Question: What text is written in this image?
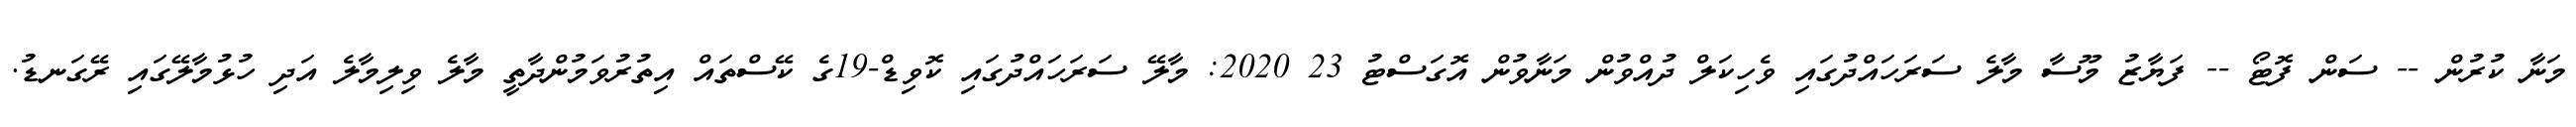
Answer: މަނާ ކުރުން -- ސަން ފޮޓޯ -- ފަޔާޒު މޫސާ މާލެ ސަރަހައްދުގައި ވެހިކަލް ދުއްވުން މަނާވުން އޮގަސްޓު 23 2020: މާލޭ ސަރަހައްދުގައި ކޮވިޑް-19ގެ ކޭސްތައް އިތުރުވަމުންދާތީ މާލެ ވިލިމާލެ އަދި ހުޅުމާލޭގައި ރޭގަނޑު.